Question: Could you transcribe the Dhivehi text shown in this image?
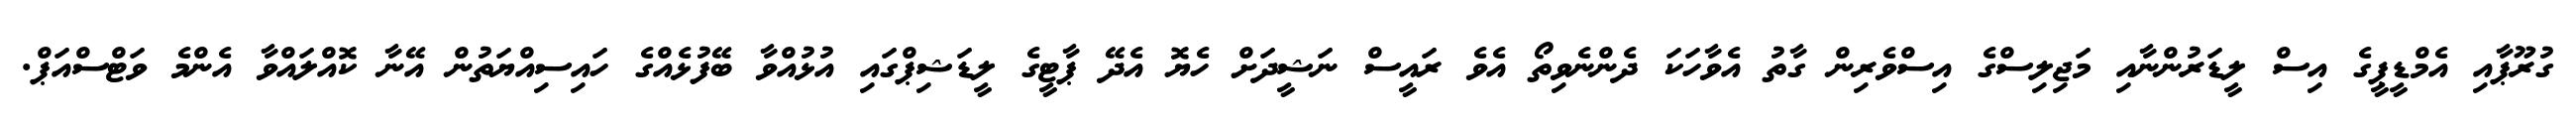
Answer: ގުރޫޕާއި އެމްޑީޕީގެ އިސް ލީޑަރުންނާއި މަޖިލިސްގެ އިސްވެރިން ގާތު އެވާހަކަ ދެންނެވިތޯ އެވެ ރައީސް ނަޝީދަށް ހެޔޮ އެދޭ ޕާޓީގެ ލީޑަޝިޕްގައި އުޅުއްވާ ބޭފުޅެއްގެ ހައިސިއްޔަތުން އޭނާ ކޮއްލައްވާ އެންމެ ވަޓްސްއަޕް.